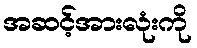
အဆင့်အားလုံးကို